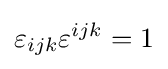
\varepsilon _{ijk}\varepsilon ^{ijk}=1